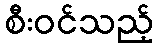
စီးဝင်သည့်